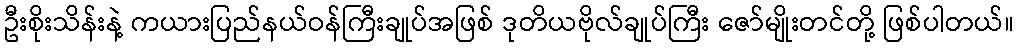
ဦးစိုးသိန်းနဲ့ ကယားပြည်နယ်ဝန်ကြီးချုပ်အဖြစ် ဒုတိယဗိုလ်ချုပ်ကြီး ဇော်မျိုးတင်တို့ ဖြစ်ပါတယ်။